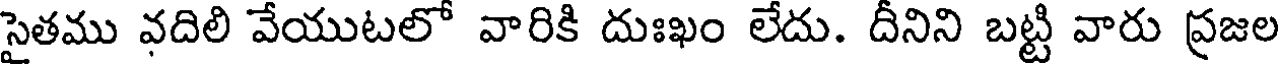
సైతము వదిలి వేయుటలో వారికి దుఃఖం లేదు. దీనిని బట్టి వారు ప్రజల